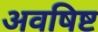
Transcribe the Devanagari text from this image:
अवषिष्ट